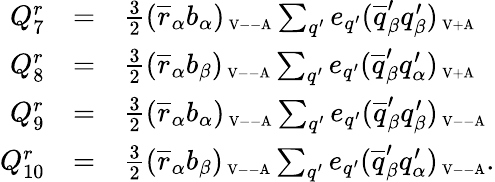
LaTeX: \begin{array}{rcl}{{Q_{7}^{r}}}&{{=}}&{{\frac{3}{2}(\overline{{{r}}}_{\alpha}b_{\alpha})_{\mathrm{{\scriptsize~V--A}}}\sum_{q^{\prime}}e_{q^{\prime}}(\overline{{{q}}}_{\beta}^{\prime}q_{\beta}^{\prime})_{\mathrm{{\scriptsize~V+A}}}}}\\ {{Q_{8}^{r}}}&{{=}}&{{\frac{3}{2}(\overline{{{r}}}_{\alpha}b_{\beta})_{\mathrm{{\scriptsize~V--A}}}\sum_{q^{\prime}}e_{q^{\prime}}(\overline{{{q}}}_{\beta}^{\prime}q_{\alpha}^{\prime})_{\mathrm{{\scriptsize~V+A}}}}}\\ {{Q_{9}^{r}}}&{{=}}&{{\frac{3}{2}(\overline{{{r}}}_{\alpha}b_{\alpha})_{\mathrm{{\scriptsize~V--A}}}\sum_{q^{\prime}}e_{q^{\prime}}(\overline{{{q}}}_{\beta}^{\prime}q_{\beta}^{\prime})_{\mathrm{{\scriptsize~V--A}}}}}\\ {{Q_{10}^{r}}}&{{=}}&{{\frac{3}{2}(\overline{{{r}}}_{\alpha}b_{\beta})_{\mathrm{{\scriptsize~V--A}}}\sum_{q^{\prime}}e_{q^{\prime}}(\overline{{{q}}}_{\beta}^{\prime}q_{\alpha}^{\prime})_{\mathrm{{\scriptsize~V--A}}}.}}\end{array}